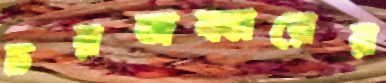
চরজব্বারের